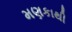
મણકાથી